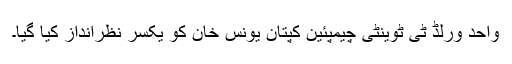
واحد ورلڈ ٹی ٹوینٹی چیمپئین کپتان یونس خان کو یکسر نظرانداز کیا گیا۔